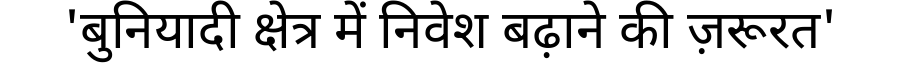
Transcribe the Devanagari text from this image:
'बुनियादी क्षेत्र में निवेश बढ़ाने की ज़रूरत'